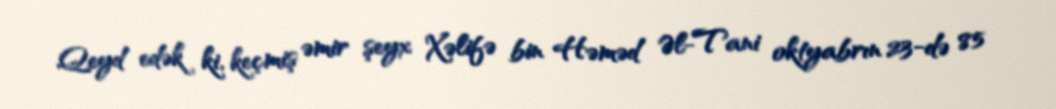
Qeyd edək ki, keçmiş əmir şeyx Xəlifə bin Həməd Əl-Tani oktyabrın 23-də 85